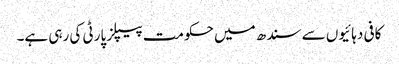
کافی دہائیوں سے سندھ میں حکومت پیپلز پارٹی کی رہی ہے۔